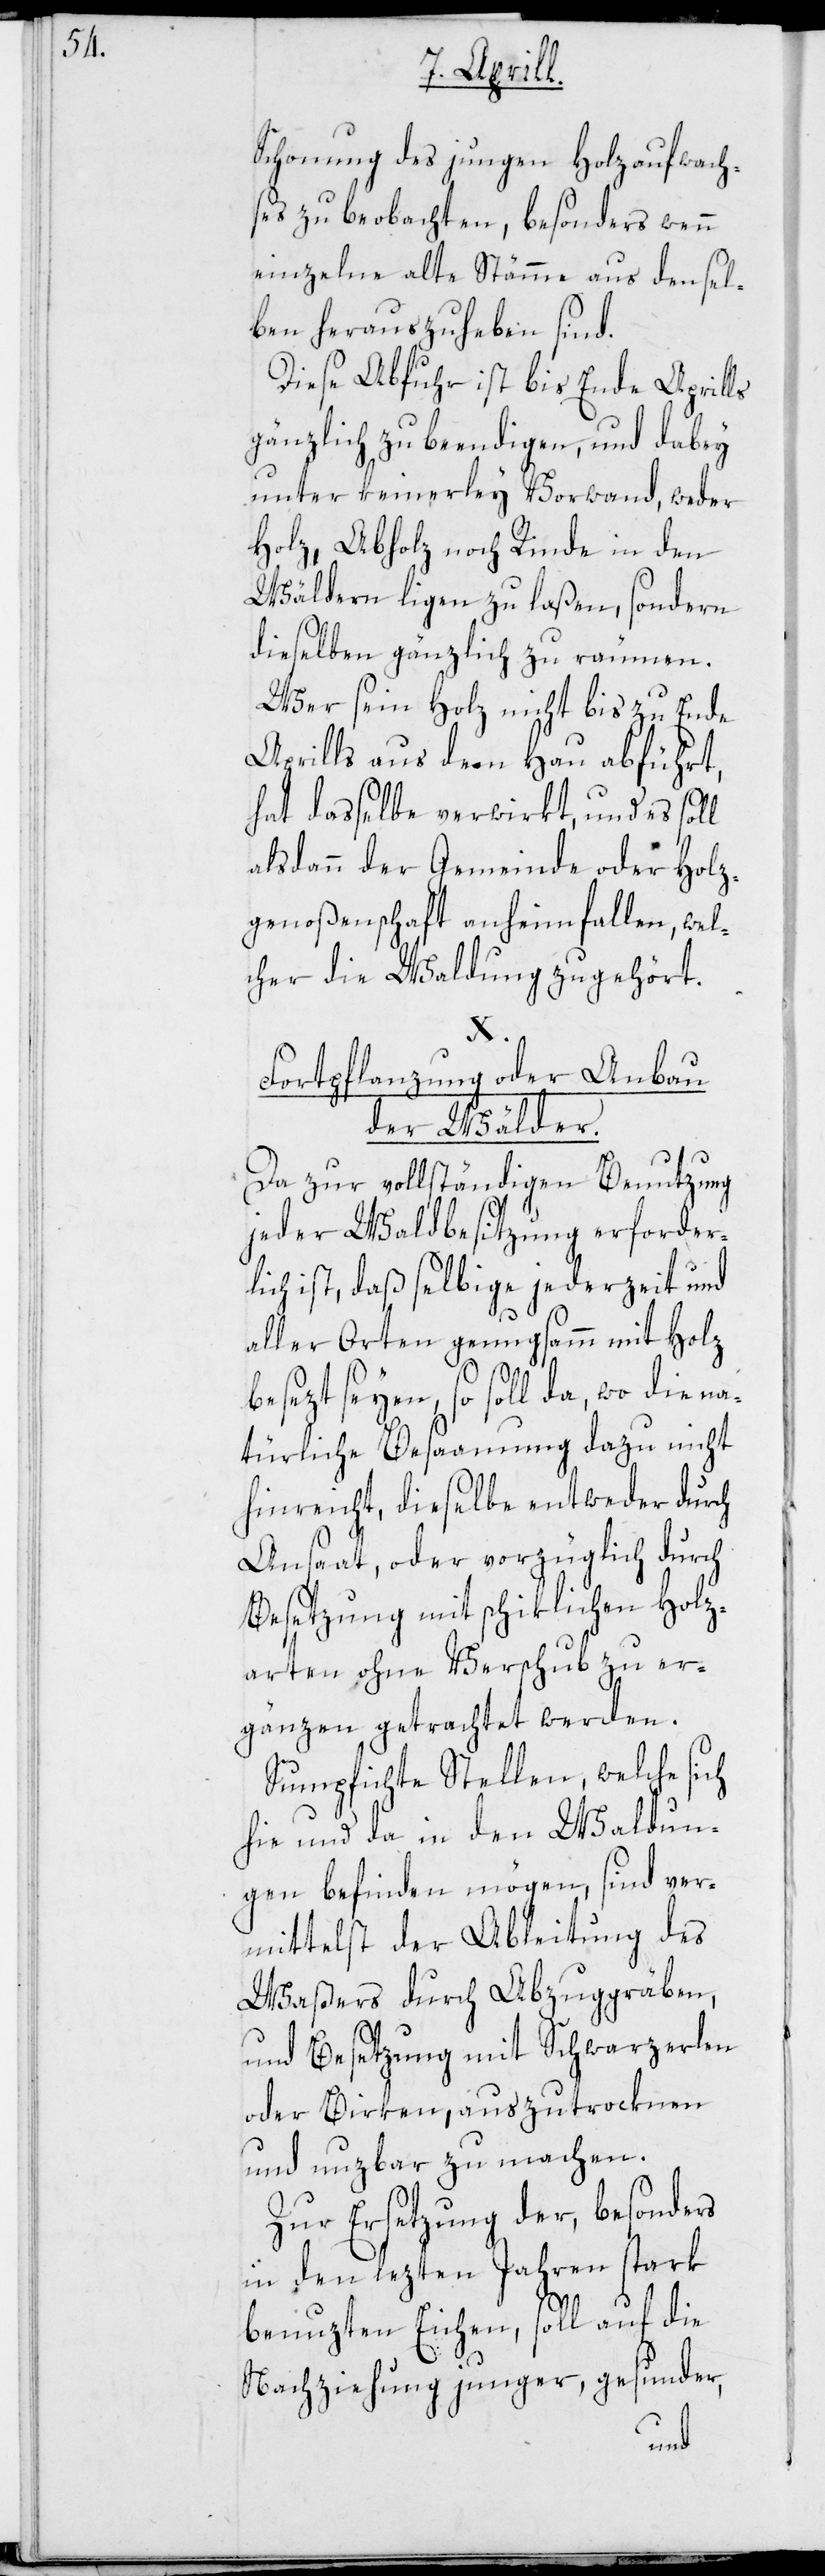
Schonung des jungen Holzaufwach¬
ses zu beobachten, besonders wenn
einzelne alte Stämme aus densel¬
ben herauszuheben sind.
Diese Abfuhr ist bis Ende Aprills
gänzlich zu beendigen, und dabey
unter keinerley Vorwand, weder
Holz, Abholz noch Rinde in den
Wäldern ligen zu laßen, sondern
dieselben gänzlich zu räumen.
Wer sein Holz nicht bis zu Ende
Aprills aus dem Hau abführt,
hat dasselbe verwirkt, und es soll
alsdann der Gemeinde oder Holz¬
genoßenschaft anheimfallen, wel¬
cher die Waldung zugehört.
X.
Fortpflanzung oder Anbau
der Wälder.
Da zur vollständigen Benutzung
jeder Waldbesitzung erforder¬
lich ist, daß selbige jederzeit und
aller Orten genugsam mit Holz
besezt seyen, so soll da, wo die na¬
türliche Besaamung dazu nicht
hinreicht, dieselbe entweder durch
Ansaat, oder vorzüglich durch
Besetzung mit schiklichen Holz¬
arten ohne Verschub zu er¬
gänzen getrachtet werden.
Sumpfichte Stellen, welche sich
hie und da in den Waldun¬
gen befinden mögen, sind ver¬
mittelst der Ableitung des
Waßers durch Abzuggräben,
und Besetzung mit Schwarzerlen
oder Birken, auszutrocknen
und nutzbar zu machen.
Zur Ersetzung der, besonders
in den lezten Jahren stark
benuzten Eichen, soll auf die
Nachziehung junger, gesunder,